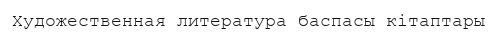
Художественная литература баспасы кітаптары